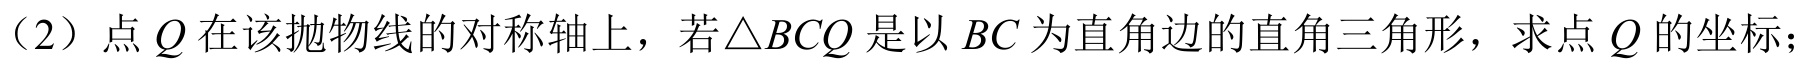
（2）点\(Q\)在该抛物线的对称轴上，若\(\triangle BCQ\)是以\(BC\)为直角边的直角三角形，求点\(Q\)的坐标；